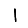
Digit: 1